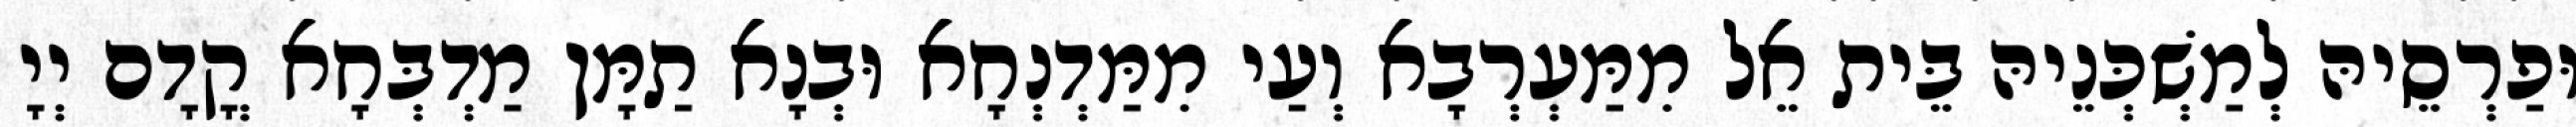
וּפַרְסֵיהּ לְמַשְׁכְּנֵיהּ בֵּית אֵל מִמַּעְרְבָא וְעַי מִמַּדְנְחָא וּבְנָא תַמָּן מַדְבְּחָא קֳדָם יְיָ